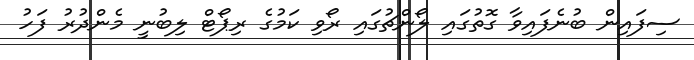
ސިފައިން ބުނެފައިވާ ގޮތުގައި ލޯންޗުގައި ރޯވި ކަމުގެ ރިޕޯޓް ލިބުނީ މެންދުރު ފަހު